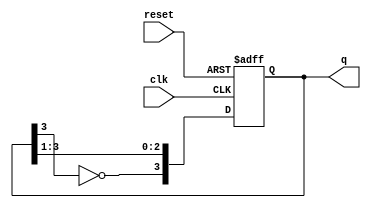
module johnson_counter #(parameter N = 4) (
    input wire clk,         // Clock input
    input wire reset,       // Reset input
    output reg [N-1:0] q    // Output of the counter
);

// Internal signal to hold the inverted output of the last flip-flop
wire inverted_last;

// Assign the inverted output of the last flip-flop
assign inverted_last = ~q[N-1];

// Sequential logic for the Johnson counter
always @(posedge clk or posedge reset) begin
    if (reset) begin
        // Reset all flip-flops to 0
        q <= {N{1'b0}};
    end else begin
        // Shift the values and feed the inverted output back
        q <= {inverted_last, q[N-1:1]};
    end
end

endmodule